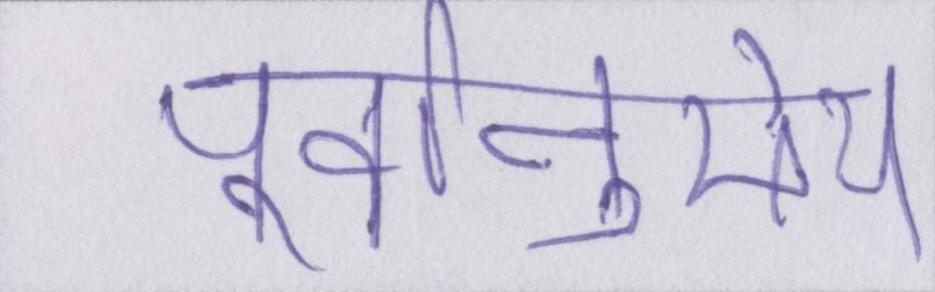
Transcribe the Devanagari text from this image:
पूर्वानुमेय